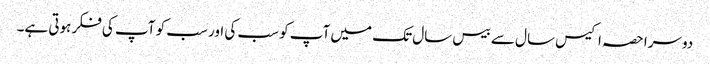
دوسرا حصہ اکیس سال سے بیس سال تک میں آپ کو سب کی اور سب کو آپ کی فکر ہوتی ہے۔